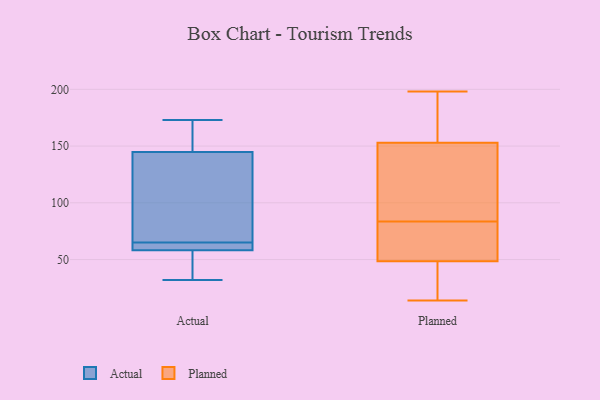
{"axis": {"x": "Humidity (%)", "y": "Value"}, "legend": ["Actual", "Planned"], "data": [{"x": "", "y": 150, "type": "Actual"}, {"x": "", "y": 90, "type": "Actual"}, {"x": "", "y": 60, "type": "Actual"}, {"x": "", "y": 153, "type": "Actual"}, {"x": "", "y": 154, "type": "Actual"}, {"x": "", "y": 101, "type": "Actual"}, {"x": "", "y": 173, "type": "Actual"}, {"x": "", "y": 143, "type": "Actual"}, {"x": "", "y": 94, "type": "Actual"}, {"x": "", "y": 61, "type": "Actual"}, {"x": "", "y": 59, "type": "Actual"}, {"x": "", "y": 65, "type": "Actual"}, {"x": "", "y": 32, "type": "Actual"}, {"x": "", "y": 44, "type": "Actual"}, {"x": "", "y": 65, "type": "Actual"}, {"x": "", "y": 40, "type": "Actual"}, {"x": "", "y": 56, "type": "Actual"}, {"x": "", "y": 146, "type": "Planned"}, {"x": "", "y": 101, "type": "Planned"}, {"x": "", "y": 75, "type": "Planned"}, {"x": "", "y": 193, "type": "Planned"}, {"x": "", "y": 92, "type": "Planned"}, {"x": "", "y": 72, "type": "Planned"}, {"x": "", "y": 28, "type": "Planned"}, {"x": "", "y": 14, "type": "Planned"}, {"x": "", "y": 48, "type": "Planned"}, {"x": "", "y": 198, "type": "Planned"}, {"x": "", "y": 160, "type": "Planned"}, {"x": "", "y": 49, "type": "Planned"}]}